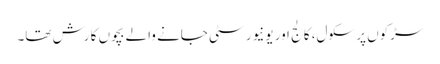
سڑکوں پر سکول، کالج اور یونیورسٹی جانے والے بچوں کا رش تھا۔